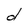
Character: d